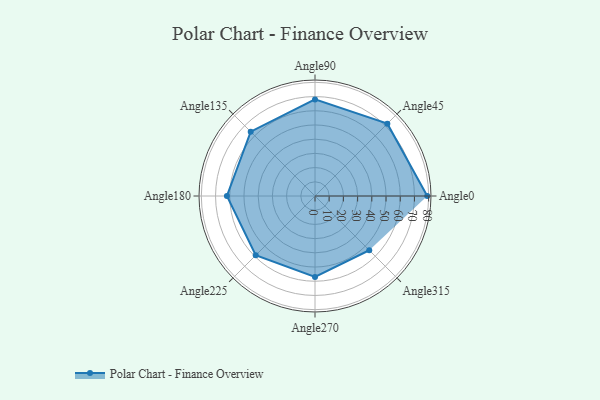
{"axis": {"x": "Angle", "y": "Radius"}, "legend": [""], "data": [{"x": "Angle0", "y": 79.0, "type": ""}, {"x": "Angle45", "y": 72.0, "type": ""}, {"x": "Angle90", "y": 68.0, "type": ""}, {"x": "Angle135", "y": 64.0, "type": ""}, {"x": "Angle180", "y": 62.0, "type": ""}, {"x": "Angle225", "y": 59.0, "type": ""}, {"x": "Angle270", "y": 57.0, "type": ""}, {"x": "Angle315", "y": 54.0, "type": ""}]}